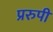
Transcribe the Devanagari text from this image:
प्ररुपी